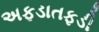
અફડાતફડી